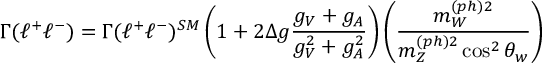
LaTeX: \Gamma ( \ell ^ { + } \ell ^ { - } ) = \Gamma ( \ell ^ { + } \ell ^ { - } ) ^ { S M } \left( 1 + 2 \Delta g \frac { g _ { V } + g _ { A } } { g _ { V } ^ { 2 } + g _ { A } ^ { 2 } } \right) \left( \frac { m _ { W } ^ { ( p h ) 2 } } { m _ { Z } ^ { ( p h ) 2 } \cos ^ { 2 } \theta _ { w } } \right)